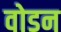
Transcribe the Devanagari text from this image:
वोडन